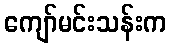
ကျော်မင်းသန်းက